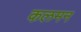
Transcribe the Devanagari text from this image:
कलमन